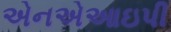
એનએઆઇપી